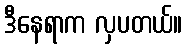
ဒီနေရာက လှပတယ်။